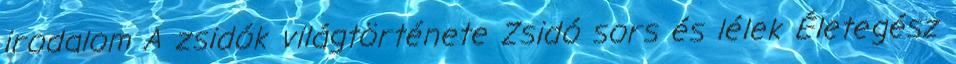
irodalom A zsidók világtörténete Zsidó sors és lélek Életegész